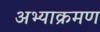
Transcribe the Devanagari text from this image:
अभ्याक्रमण